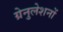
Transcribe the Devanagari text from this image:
ग्रेनुलेशनों